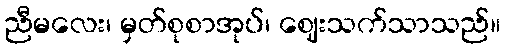
ညီမလေး၊ မှတ်စုစာအုပ်၊ ဈေးသက်သာသည်။